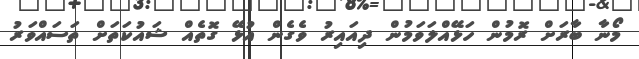
މޯނާ ބާރަށް ރޮމުން ހަޅޭއްލަވަމުން ދިއައިރު ވެގެން އުޅޭ ގޮތެއް ޝައުކަތަށް ތަސައްވަރު